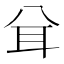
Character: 𦔯